system: You are a helpful assistant.
user:
Analyze the provided spectrum to determine if it is a **M-type Giant (gM)**.

A M-type Giant spectrum is defined by its **strong molecular absorption** features, particularly from **Titanium Oxide (TiO)**. You must check for one of the following mutually exclusive signatures:

- **Key Visual Indicators (Absorption-Dominated Spectrum):**

    - **(Primary):** The spectrum is dominated by strong molecular absorption from **Titanium Oxide (TiO)**. This is the **defining feature** of its M-type temperature class.
        - **(Key Bandheads):** Look for sharp, "saw-tooth" absorption valleys. The strongest are located near **~7050 Å**, **~6160 Å**, and **~5170 Å**.
        - **(Line Profile):** The "saw-tooth" morphology is critical: a **sharp, steep drop on the BLUE (short-wavelength) side** of the bandhead, followed by a gradual recovery (rising flux) towards the RED (long-wavelength) side.

    - **(Key Confirmation - Giant vs. Dwarf):** **ABSENCE** of strong **Calcium Hydride (CaH)** molecular bands. This is the primary diagnostic for *excluding* M-dwarfs.
        - **(Key Region):** The spectrum should lack the strong, broad absorption band seen in dwarfs between **~6800 Å and ~7000 Å**.

    - **(Secondary Confirmation - Giant):** A very strong and broad **Neutral Calcium (Ca I)** atomic absorption line.
        - **(Key Line):** Located at **~4226 Å**. In a giant (gM), this line is significantly deeper and broader than the same line in an M-dwarf (dM) due to low surface gravity.

    - **(Overall Spectrum):**
        - The continuum is **extremely red-sloping** (i.e., flux is very low in the blue and rises dramatically towards the red).
        - The entire spectrum appears "chopped up" by the deep TiO bands.

Think first, call **spectral_visualization_tool** if needed to examine features in detail, then provide your final answer. Your response must adhere to the following strict rules:
1.  **Overall Structure:** Your response must follow the format `<think>...</think> <tool_call>...</tool_call> (if a tool is used) <answer>...</answer>`.
2.  **Tool Usage Constraint:** You may only make **one** tool call per turn.
3.  **Final Answer Format:** In the `<answer>` tag, your conclusion must be inside a `\boxed{}` command (e.g., `\boxed{YES}` or `\boxed{NO}`), followed by your justification.

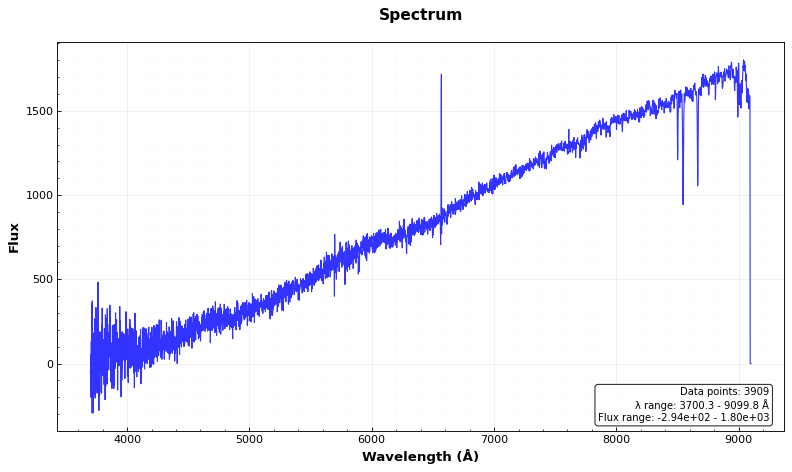
Answer: NO